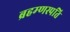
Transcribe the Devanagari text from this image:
ब्रहम्णस्पति